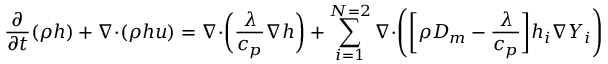
\frac { \partial } { \partial t } ( \rho h ) + \boldsymbol { \nabla \cdot } ( \rho h \boldsymbol { u } ) = \boldsymbol { \nabla \cdot } \bigg ( \frac { \lambda } { c _ { p } } \boldsymbol { \nabla } h \bigg ) + \sum _ { i = 1 } ^ { N = 2 } \boldsymbol { \nabla \cdot } \Bigg ( \bigg [ \rho D _ { m } - \frac { \lambda } { c _ { p } } \bigg ] h _ { i } \boldsymbol { \nabla } Y _ { i } \Bigg )